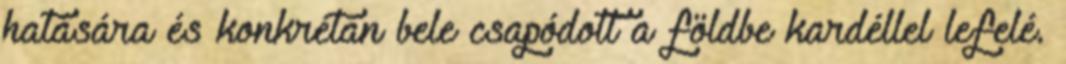
hatására és konkrétan bele csapódott a földbe kardéllel lefelé.